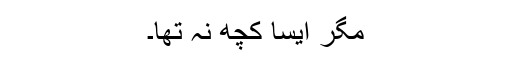
مگر ایسا کچھ نہ تھا۔